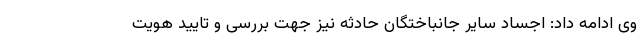
وی ادامه داد: اجساد سایر جانباختگان حادثه نیز جهت بررسی و تایید هویت